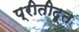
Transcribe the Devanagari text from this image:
प्रीतीदूत